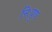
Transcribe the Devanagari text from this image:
निःपुण